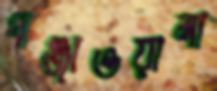
গঞ্জাওয়ালা